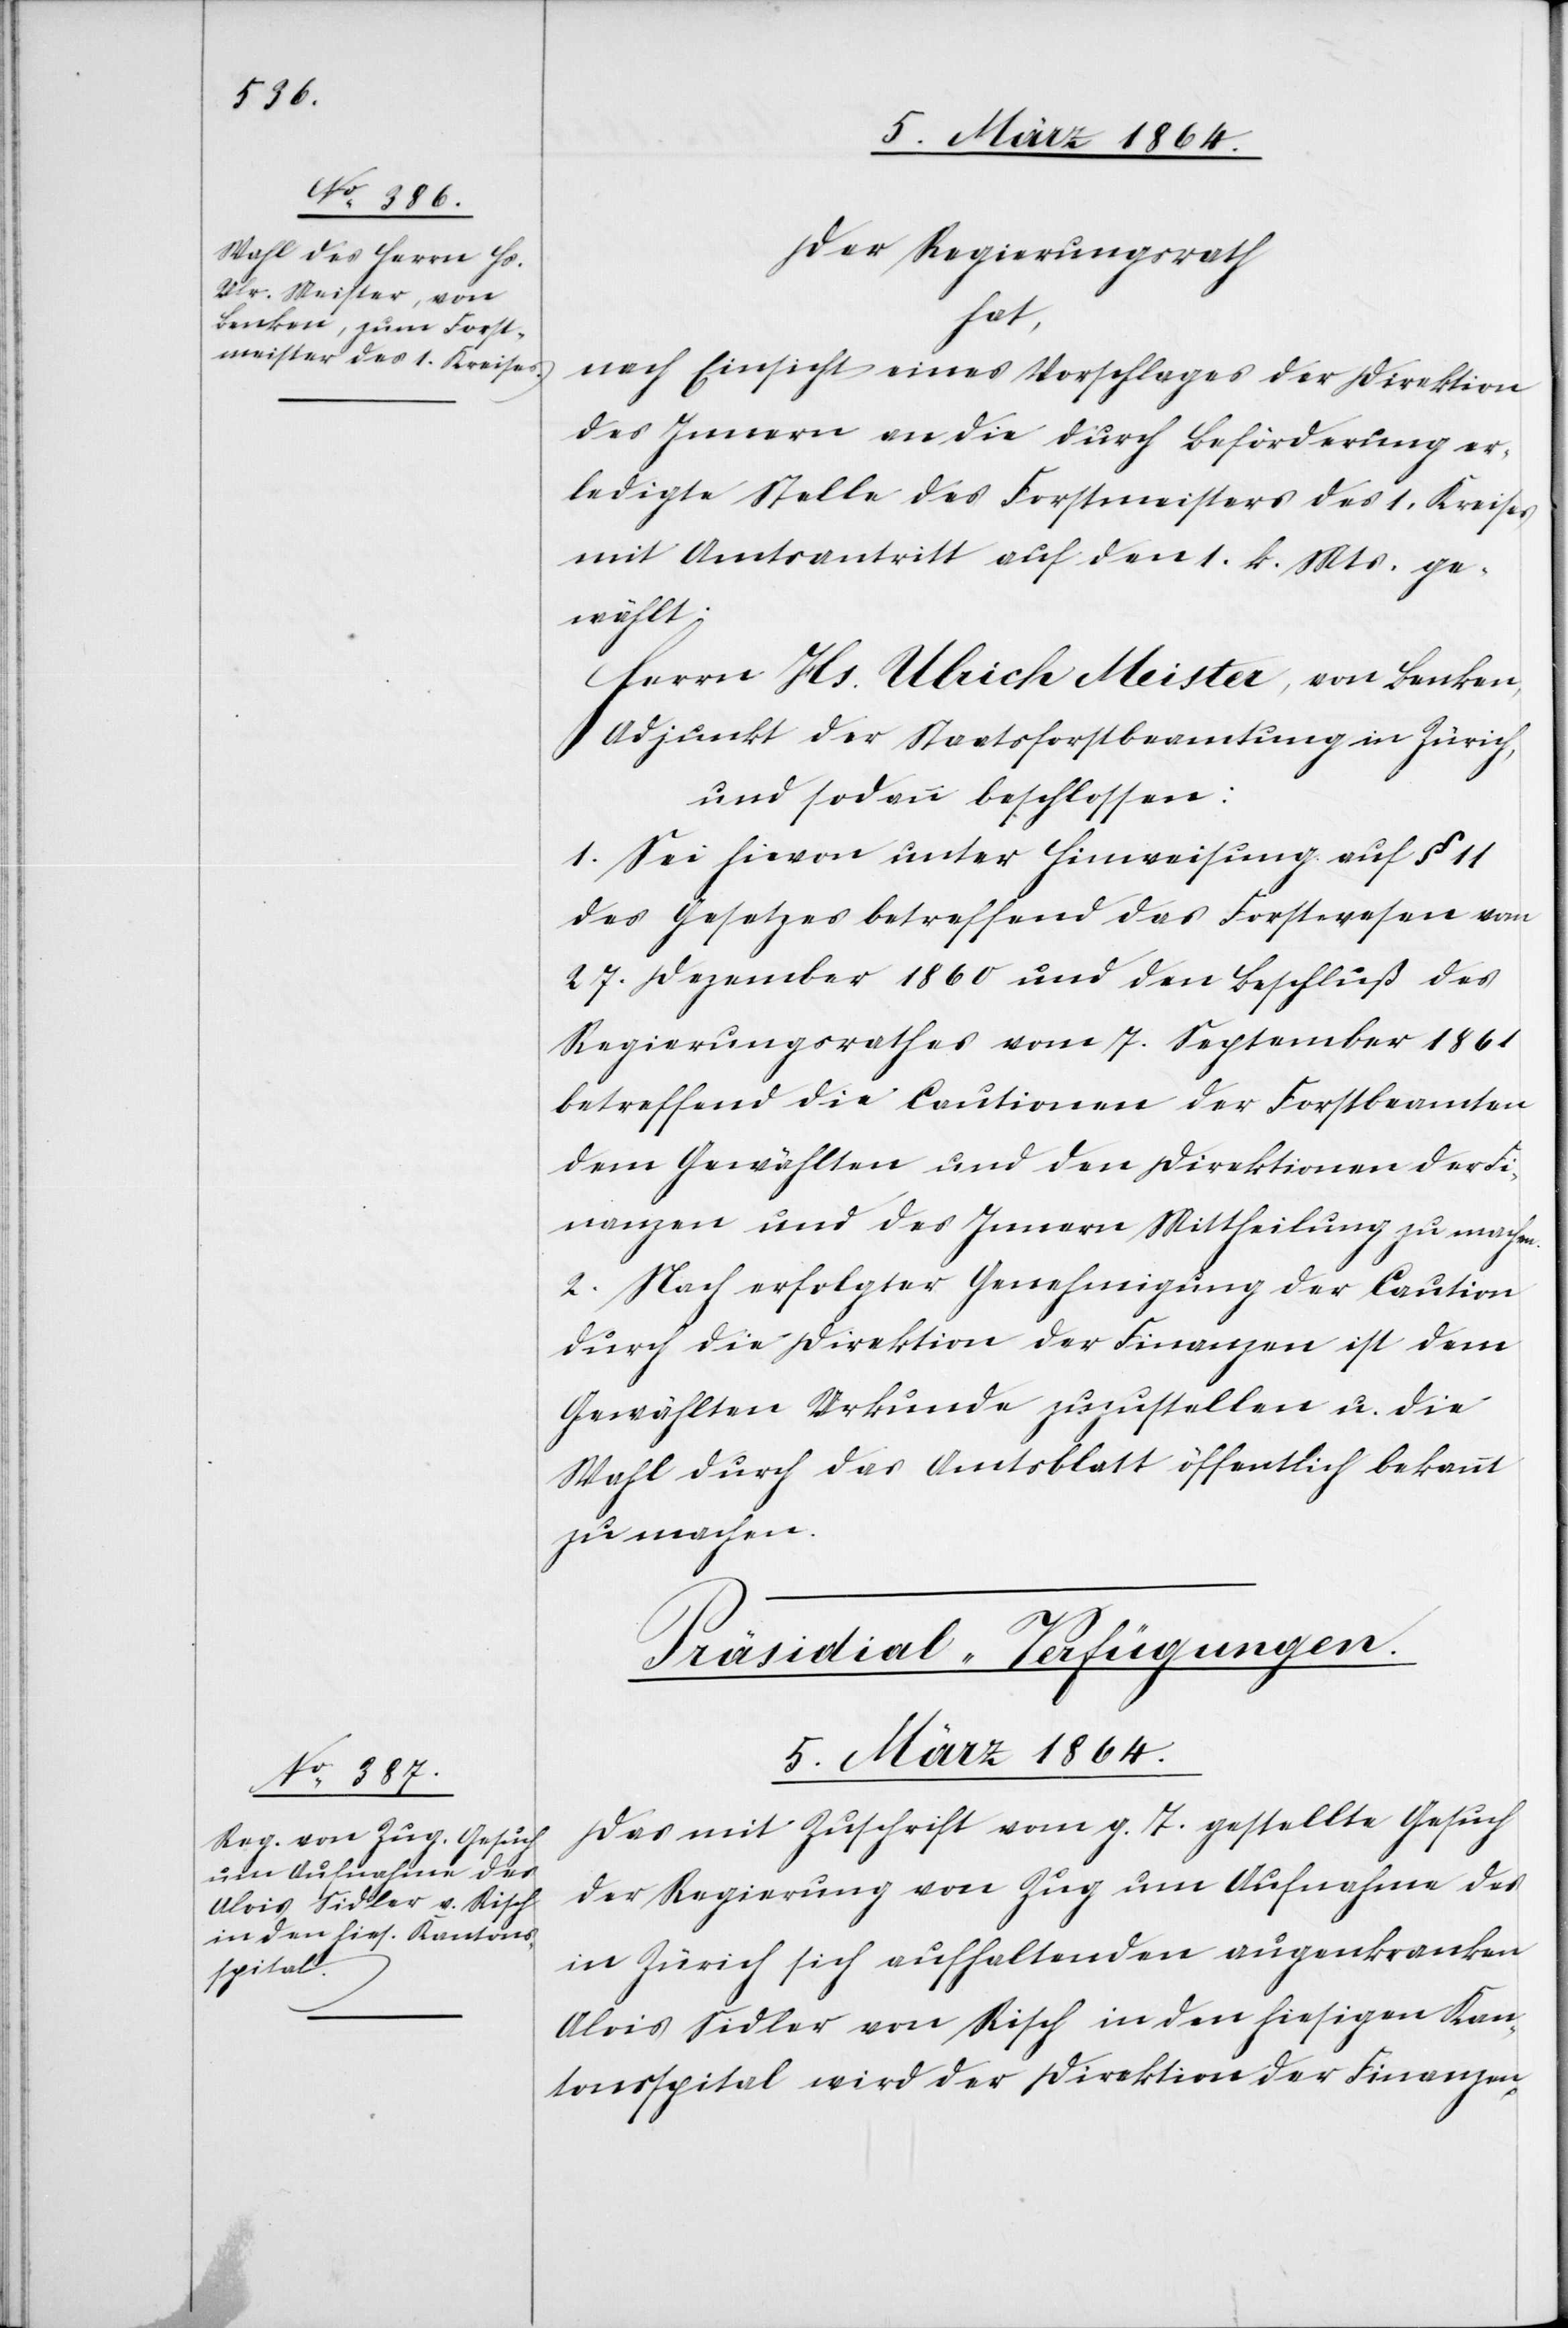
Der Regierungsrath
hat,
nach Einsicht eines Vorschlages der Direktion
des Innern an die durch Beförderung er¬
ledigte Stelle des Forstmeisters des 1. Kreises
mit Amtsantritt auf den 1. k. Mts. ge¬
wählt:
Herrn Hs. Ulrich Meister, von Benken,
Adjunkt der Staatsforstbeamtung in Zürich,
und sodann beschlossen:
1. Sei hievon unter Hinweisung auf § 11
des Gesetzes betreffend das Forstwesen vom
27. Dezember 1860 und den Beschluß des
Regierungsrathes vom 7. September 1861
betreffend die Cautionen der Forstbeamten
dem Gewählten und den Direktionen der Fi¬
nanzen und des Innern Mittheilung zu machen.
2. Nach erfolgter Genehmigung der Caution
durch die Direktion der Finanzen ist dem
Gewählten Urkunde zuzustellen u. die
Wahl durch das Amtsblatt öffentlich bekannt
zu machen.
Präsidial-Verfügungen.
5. März 1864.
Das mit Zuschrift vom g. T. gestellte Gesuch
der Regierung von Zug um Aufnahme des
in Zürich sich aufhaltenden augenkranken
Alois Sidler von Risch in den hiesigen Kan¬
tonsspital wird der Direktion der Finanzen,